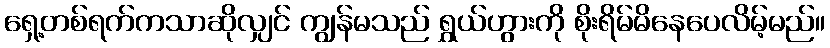
ရှေ့တစ်ရက်ကသာဆိုလျှင် ကျွန်မသည် ရွှယ်ဟွားကို စိုးရိမ်မိနေပေလိမ့်မည်။